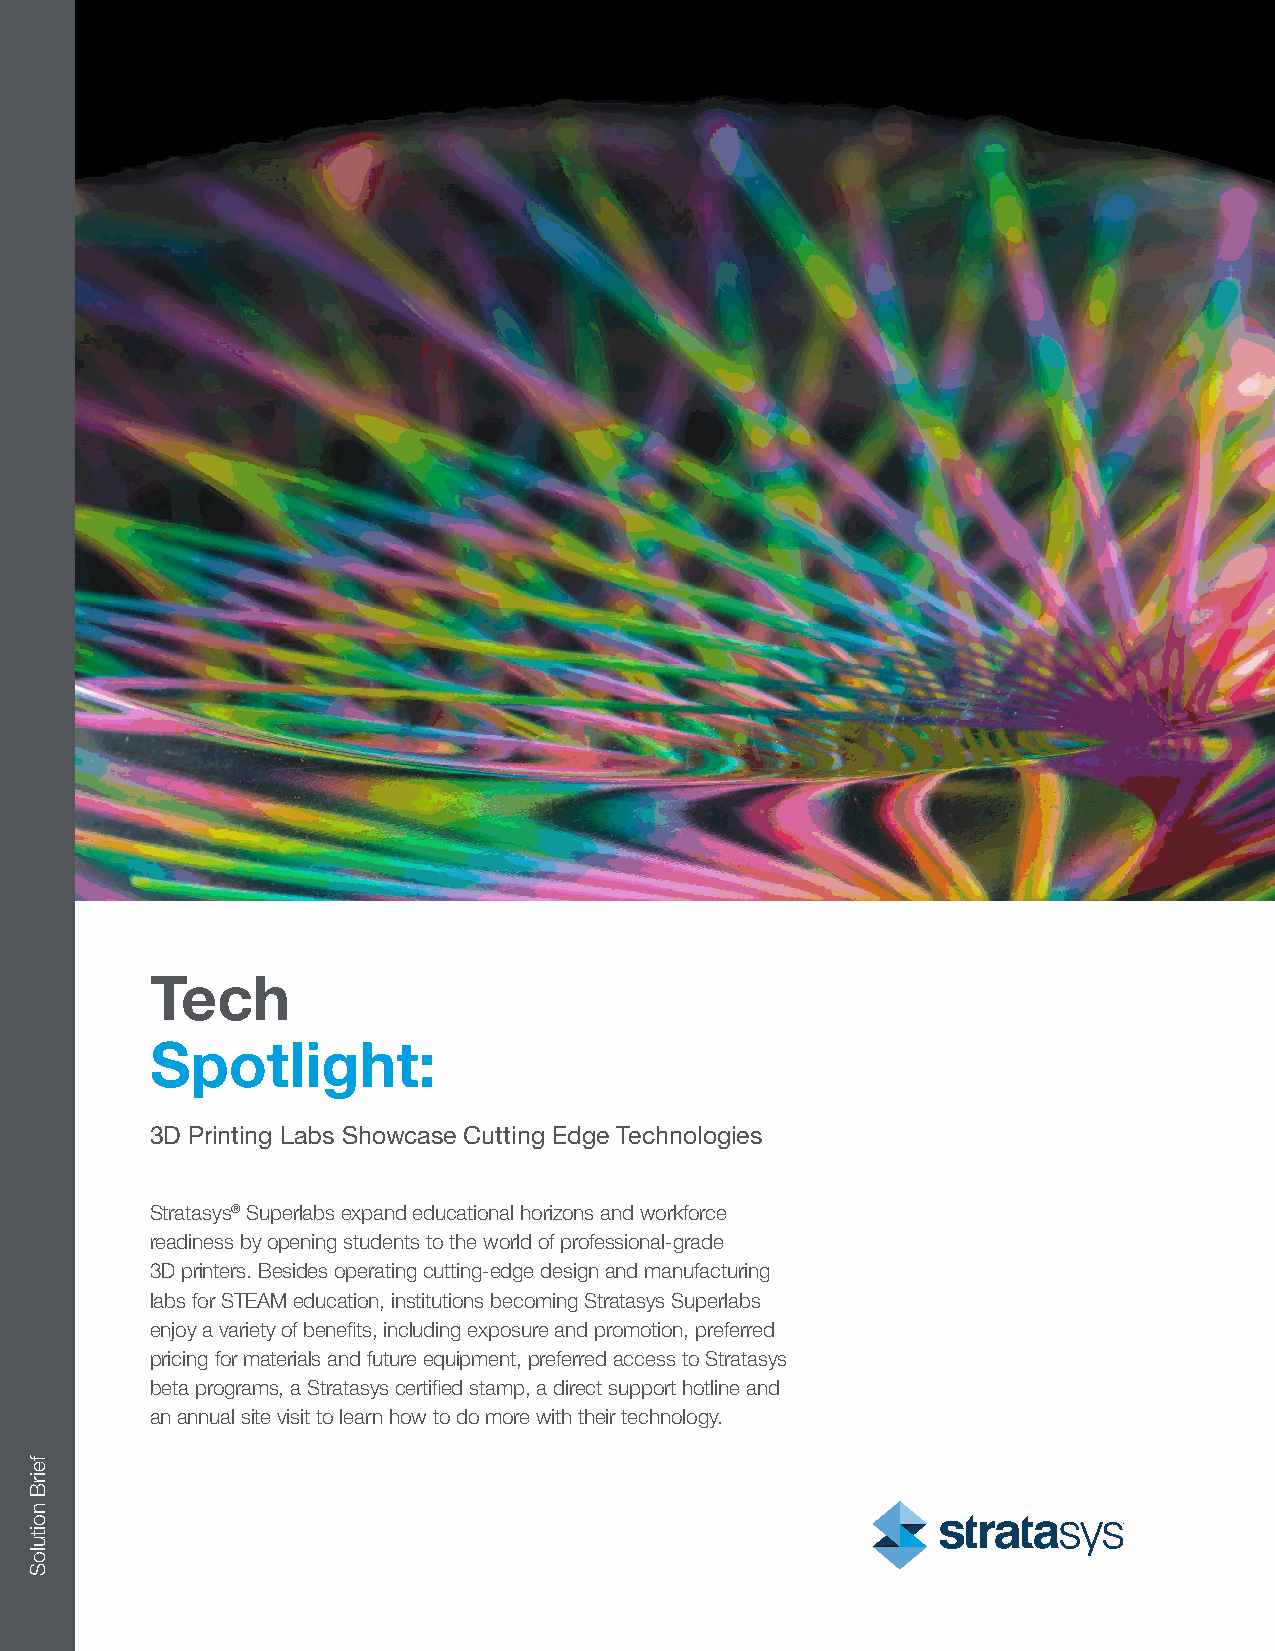
Tech
 Spotlight:
 3D Printing Labs Showcase Cutting Edge Technologies
 Stratasys® Superlabs expand educational horizons and workforce
 readiness by opening students to the world of professional-grade
 3D printers. Besides operating cutting-edge design and manufacturing
 labs for STEAM education, institutions becoming Stratasys Superlabs
 enjoy a variety of benefits, including exposure and promotion, preferred
 pricing for materials and future equipment, preferred access to Stratasys
 beta programs, a Stratasys certified stamp, a direct support hotline and
 an annual site visit to learn how to do more with their technology.
 feirB
 noituloS